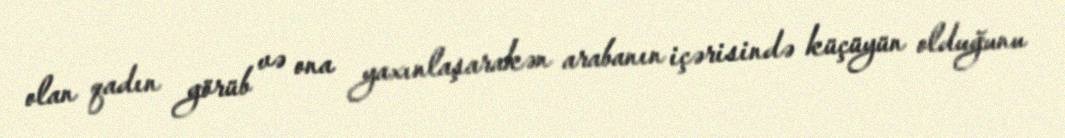
olan qadın görüb və ona yaxınlaşarakən arabanın içərisində küçüyün olduğunu